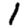
Digit: 1